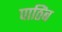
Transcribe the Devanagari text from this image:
पाठिंब